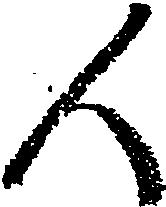
人